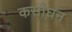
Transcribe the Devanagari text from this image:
कसौघन